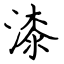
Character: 漆